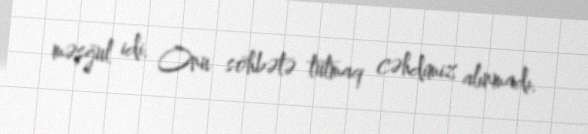
məşğul idi. Onu söhbətə tutmaq cəhdimiz alınmadı.